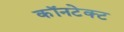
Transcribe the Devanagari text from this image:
कॉनटेक्ट